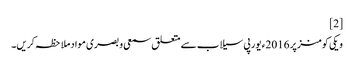
[2]
ویکی کومنز پر 2016ء یورپی سیلاب سے متعلق سمعی و بصری مواد ملاحظہ کریں۔